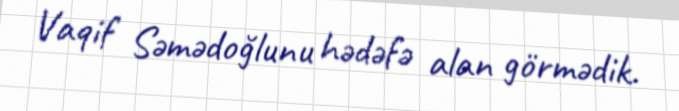
Vaqif Səmədoğlunu hədəfə alan görmədik.